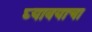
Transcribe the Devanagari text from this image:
घ्‍यावयाचा